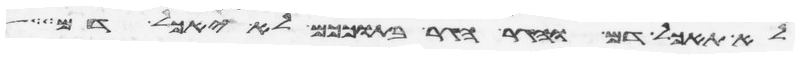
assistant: לא תאכל דם והגר הגר בתוככם לא יאכל דם